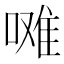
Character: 𭉼